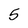
Character: 5